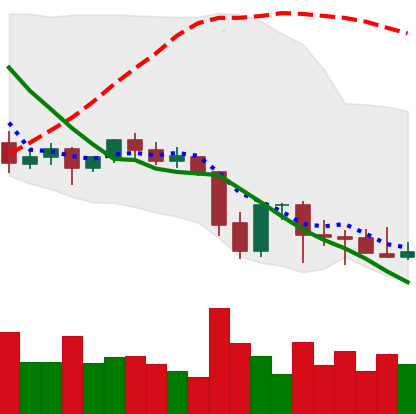
Ticker: ETC-USD
Chart end date: 2021-09-29
Forward return: 15.175%
Label: up_7plus